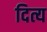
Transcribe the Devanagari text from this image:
दित्य